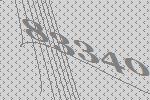
83340